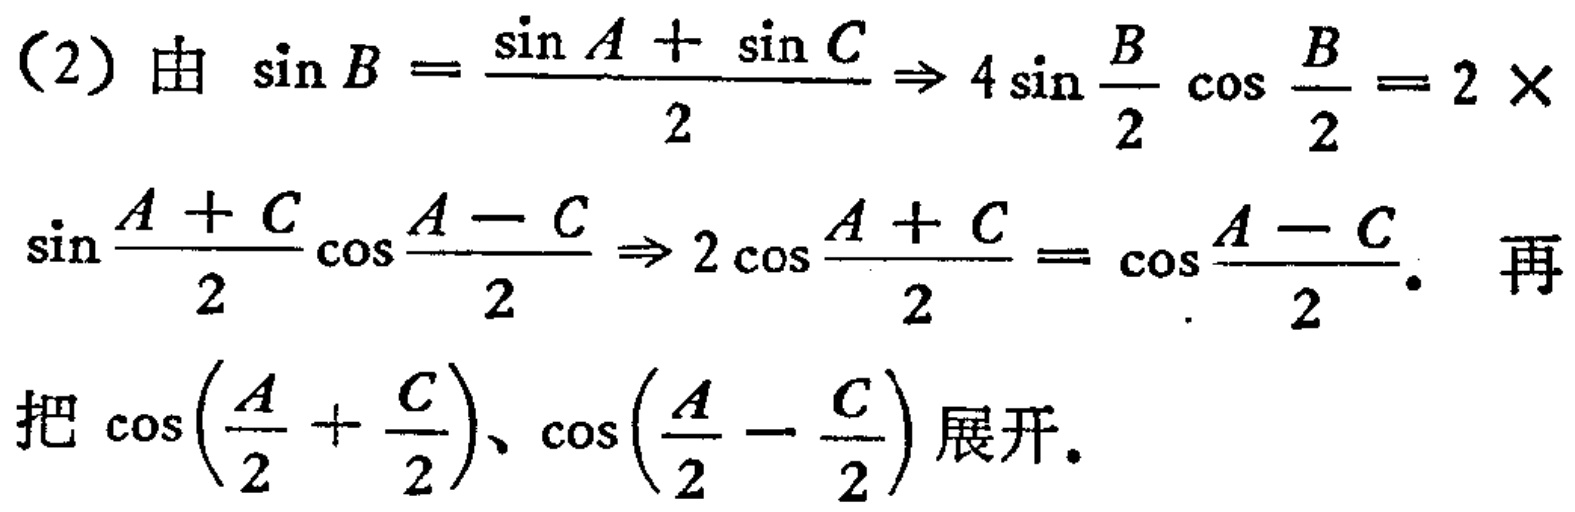
（2）由 \(\sin B = \frac{\sin A + \sin C}{2} \Rightarrow 4\sin \frac{B}{2} \cos \frac{B}{2} = 2\times\sin \frac{A + C}{2} \cos \frac{A - C}{2} \Rightarrow 2\cos \frac{A + C}{2} = \cos \frac{A - C}{2}\). 再

把 \(\cos(\frac{A}{2} + \frac{C}{2})\)、\(\cos(\frac{A}{2} - \frac{C}{2})\) 展开。